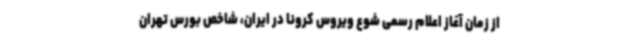
از زمان آغاز اعلام رسمی شوع ویروس کرونا در ایران، شاخص بورس تهران